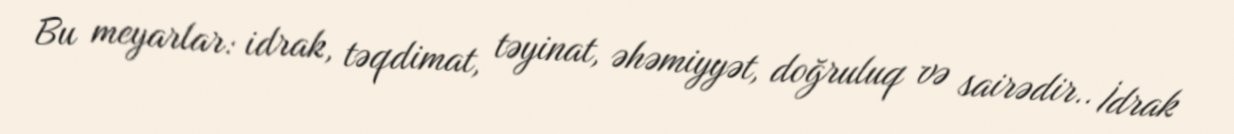
Bu meyarlar: idrak, təqdimat, təyinat, əhəmiyyət, doğruluq və sairədir.. İdrak